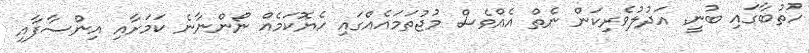
ހުތުބާގައި ބުނީ